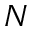
N